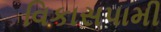
વિકાસપામી